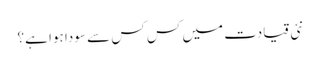
نئی قیادت میں کس کس سے سودا ہوا ہے؟